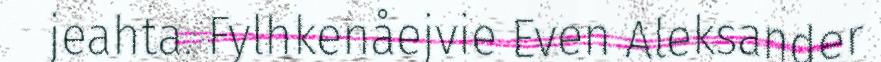
jeahta. Fylhkenåejvie Even Aleksander